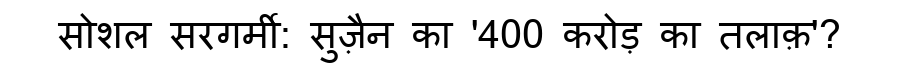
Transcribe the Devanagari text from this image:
सोशल सरगर्मी: सुज़ैन का '400 करोड़ का तलाक़'?